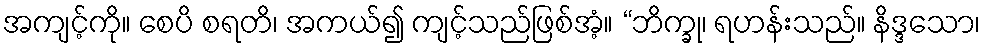
အကျင့်ကို။ စေပိ စရတိ၊ အကယ်၍ ကျင့်သည်ဖြစ်အံ့။ “ဘိက္ခု၊ ရဟန်းသည်။ နိဒ္ဒသော၊